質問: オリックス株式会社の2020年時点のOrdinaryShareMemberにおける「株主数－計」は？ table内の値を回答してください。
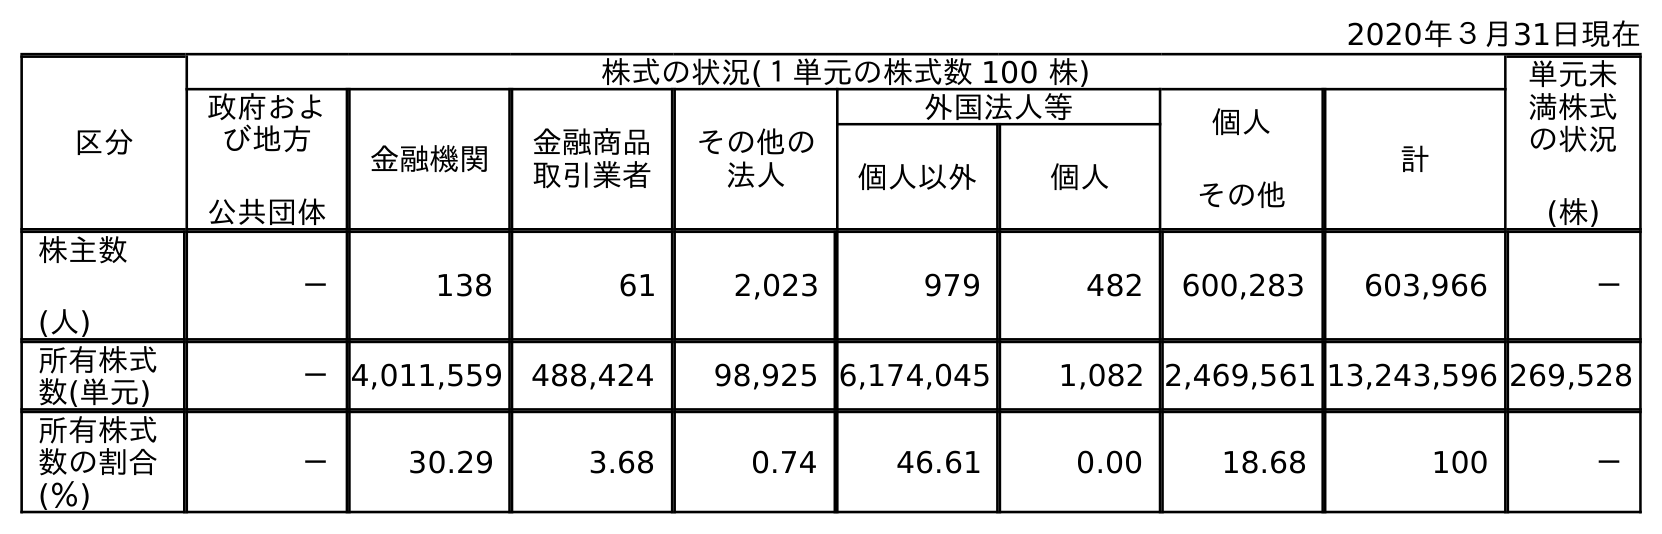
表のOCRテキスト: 2020年３月31日現在 区分 株式の状況(１単元の株式数 100 株) 単元未 満株式 の状況 (株) 政府およ び地方 公共団体 金融機関 金融商品 取引業者 その他の 法人 外国法人等 個人 その他 計 個人以外 個人 株主数 (人) － 138 61 2,023 979 482 600,283 603,966 － 所有株式 数(単元) －4,011,559 488,424 98,925 6,174,045 1,082 2,469,561 13,243,596 269,528 所有株式 数の割合 (％) － 30.29 3.68 0.74 46.61 0.00 18.68 100 －
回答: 603,966